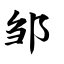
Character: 邹